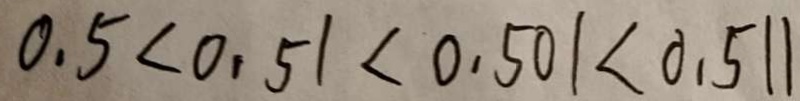
0 . 5 < 0 . 5 1 < 0 . 5 0 1 < 0 . 5 1 1